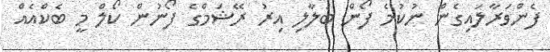
ފެންވަރާލައިގެން ނުކުމެ ފޯން ބަލާލި އިރު ރޭޝަމްގެ ފޯނުން ކޯލް މީ ބެކްއެއް